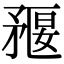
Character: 𥍻